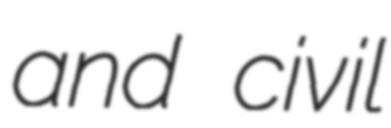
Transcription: and civil